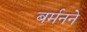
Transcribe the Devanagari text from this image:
बर्मनने